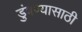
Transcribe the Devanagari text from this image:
डुंबण्यासाठी